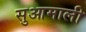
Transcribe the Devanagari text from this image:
सुआमाली